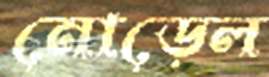
নোড়েল